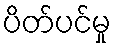
ပိတ်ပင်မှု